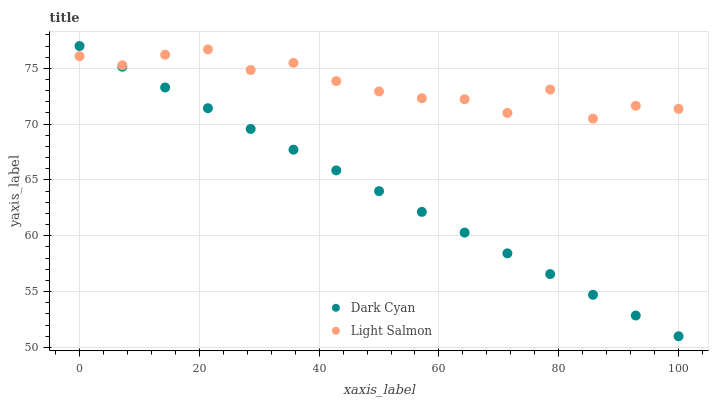
| xaxis_label | Dark Cyan | Light Salmon |
 | --- | --- | --- |
 | 0 | 77 | 76.1 |
 | 7.14 | 75.1 | 75.3 |
 | 14.3 | 73.3 | 76.2 |
 | 21.4 | 71.4 | 76.7 |
 | 28.6 | 69.6 | 74.9 |
 | 35.7 | 67.7 | 75.5 |
 | 42.9 | 65.9 | 73.9 |
 | 50 | 64 | 72.9 |
 | 57.1 | 62.1 | 72.3 |
 | 64.3 | 60.3 | 72.2 |
 | 71.4 | 58.4 | 71 |
 | 78.6 | 56.6 | 73.1 |
 | 85.7 | 54.7 | 70.5 |
 | 92.9 | 52.9 | 71.6 |
 | 100 | 51 | 71.4 |